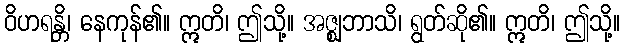
ဝိဟရန္တိ၊ နေကုန်၏။ ဣတိ၊ ဤသို့။ အဇ္ဈဘာသိ၊ ရွတ်ဆို၏။ ဣတိ၊ ဤသို့။